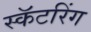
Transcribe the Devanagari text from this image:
स्कॅटरिंग